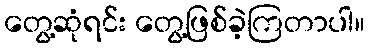
တွေ့ဆုံရင်း တွေ့ဖြစ်ခဲ့ကြတာပါ။